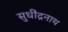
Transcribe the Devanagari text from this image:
सुधींद्रनाथ